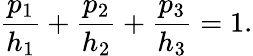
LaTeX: {\frac{p_{1}}{h_{1}}}+{\frac{p_{2}}{h_{2}}}+{\frac{p_{3}}{h_{3}}}=1.